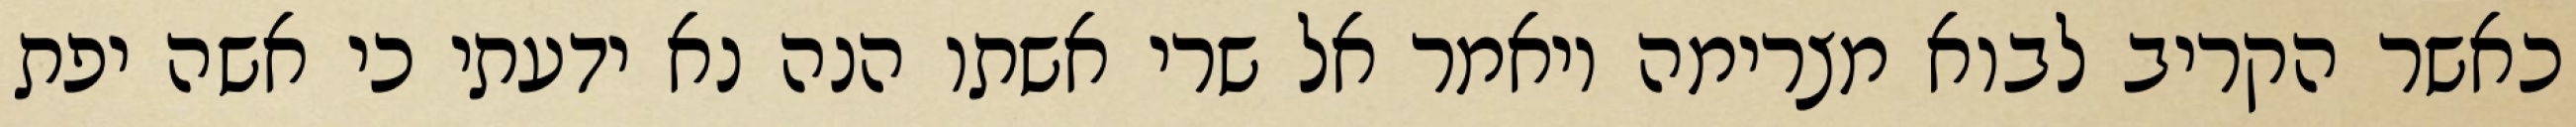
כאשר הקריב לבוא מצרימה ויאמר אל שרי אשתו הנה נא ידעתי כי אשה יפת